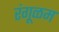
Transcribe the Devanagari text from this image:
रंगूळम